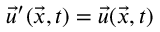
\vec { u } ^ { \prime } ( \vec { x } , t ) = \vec { u } ( \vec { x } , t )